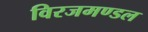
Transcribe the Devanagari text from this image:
विरजमण्डल